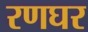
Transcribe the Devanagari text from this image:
रणघर